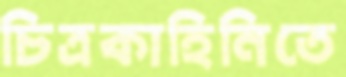
চিত্রকাহিনিতে